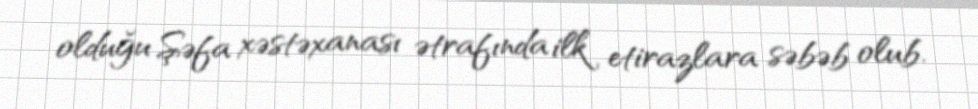
olduğu Şəfa xəstəxanası ətrafında ilk etirazlara səbəb olub.